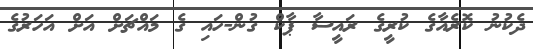
ދެކުނު ކޮރެއާގެ ކުރީގެ ރައީސާ ޕާކް ގުން-ހައި ގެ މައްޗަށް އަށް އަހަރުގެ